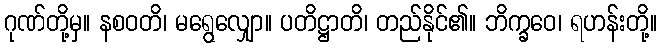
ဂုဏ်တို့မှ။ နစဝတိ၊ မရွေလျှော။ ပတိဋ္ဌာတိ၊ တည်နိုင်၏။ ဘိက္ခဝေ၊ ရဟန်းတို့။